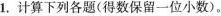
1.计算下列各题(得数保留一位小数)。